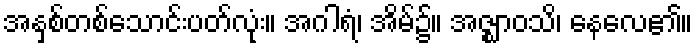
အနှစ်တစ်သောင်းပတ်လုံး။ အဂါရံ၊ အိမ်၌။ အဇ္ဈာဝသိ၊ နေလေ၏။